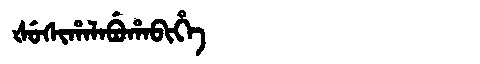
Manchu: ᡧᡠᠰᡳᡥᠠᠯᠠᠪᡠᡥᠠᠪᡳᡥᡝ
Romanization: ŠUSIHALABUHABIHE